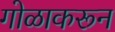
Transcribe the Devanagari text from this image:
गोळाकरून